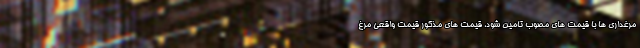
مرغداری ها با قیمت های مصوب تامین شود، قیمت های مذکور قیمت واقعی مرغ